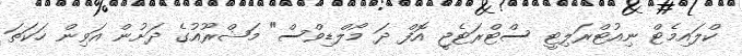
ކްލައިމެޓް ނިއުޓްރަލިޓީ ސްޓްރަޓެޖީ އޮފް ދަ މޯލްޑިވްސް" މަޝްރޫއުގެ ދަށުން އަވިން ހަކަތަ